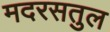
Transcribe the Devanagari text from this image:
मदरसतुल